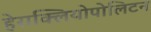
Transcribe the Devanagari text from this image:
हेराक्लियोपोलिटन